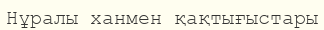
Нұралы ханмен қақтығыстары